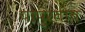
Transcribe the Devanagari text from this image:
यापुरतीच